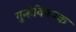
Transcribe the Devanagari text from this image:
गुन्हेविषयक